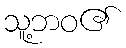
သူ့ဘဝ၏